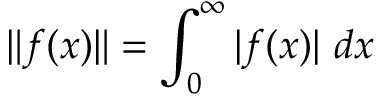
\| f ( x ) \| = \int _ { 0 } ^ { \infty } | f ( x ) | ~ d x